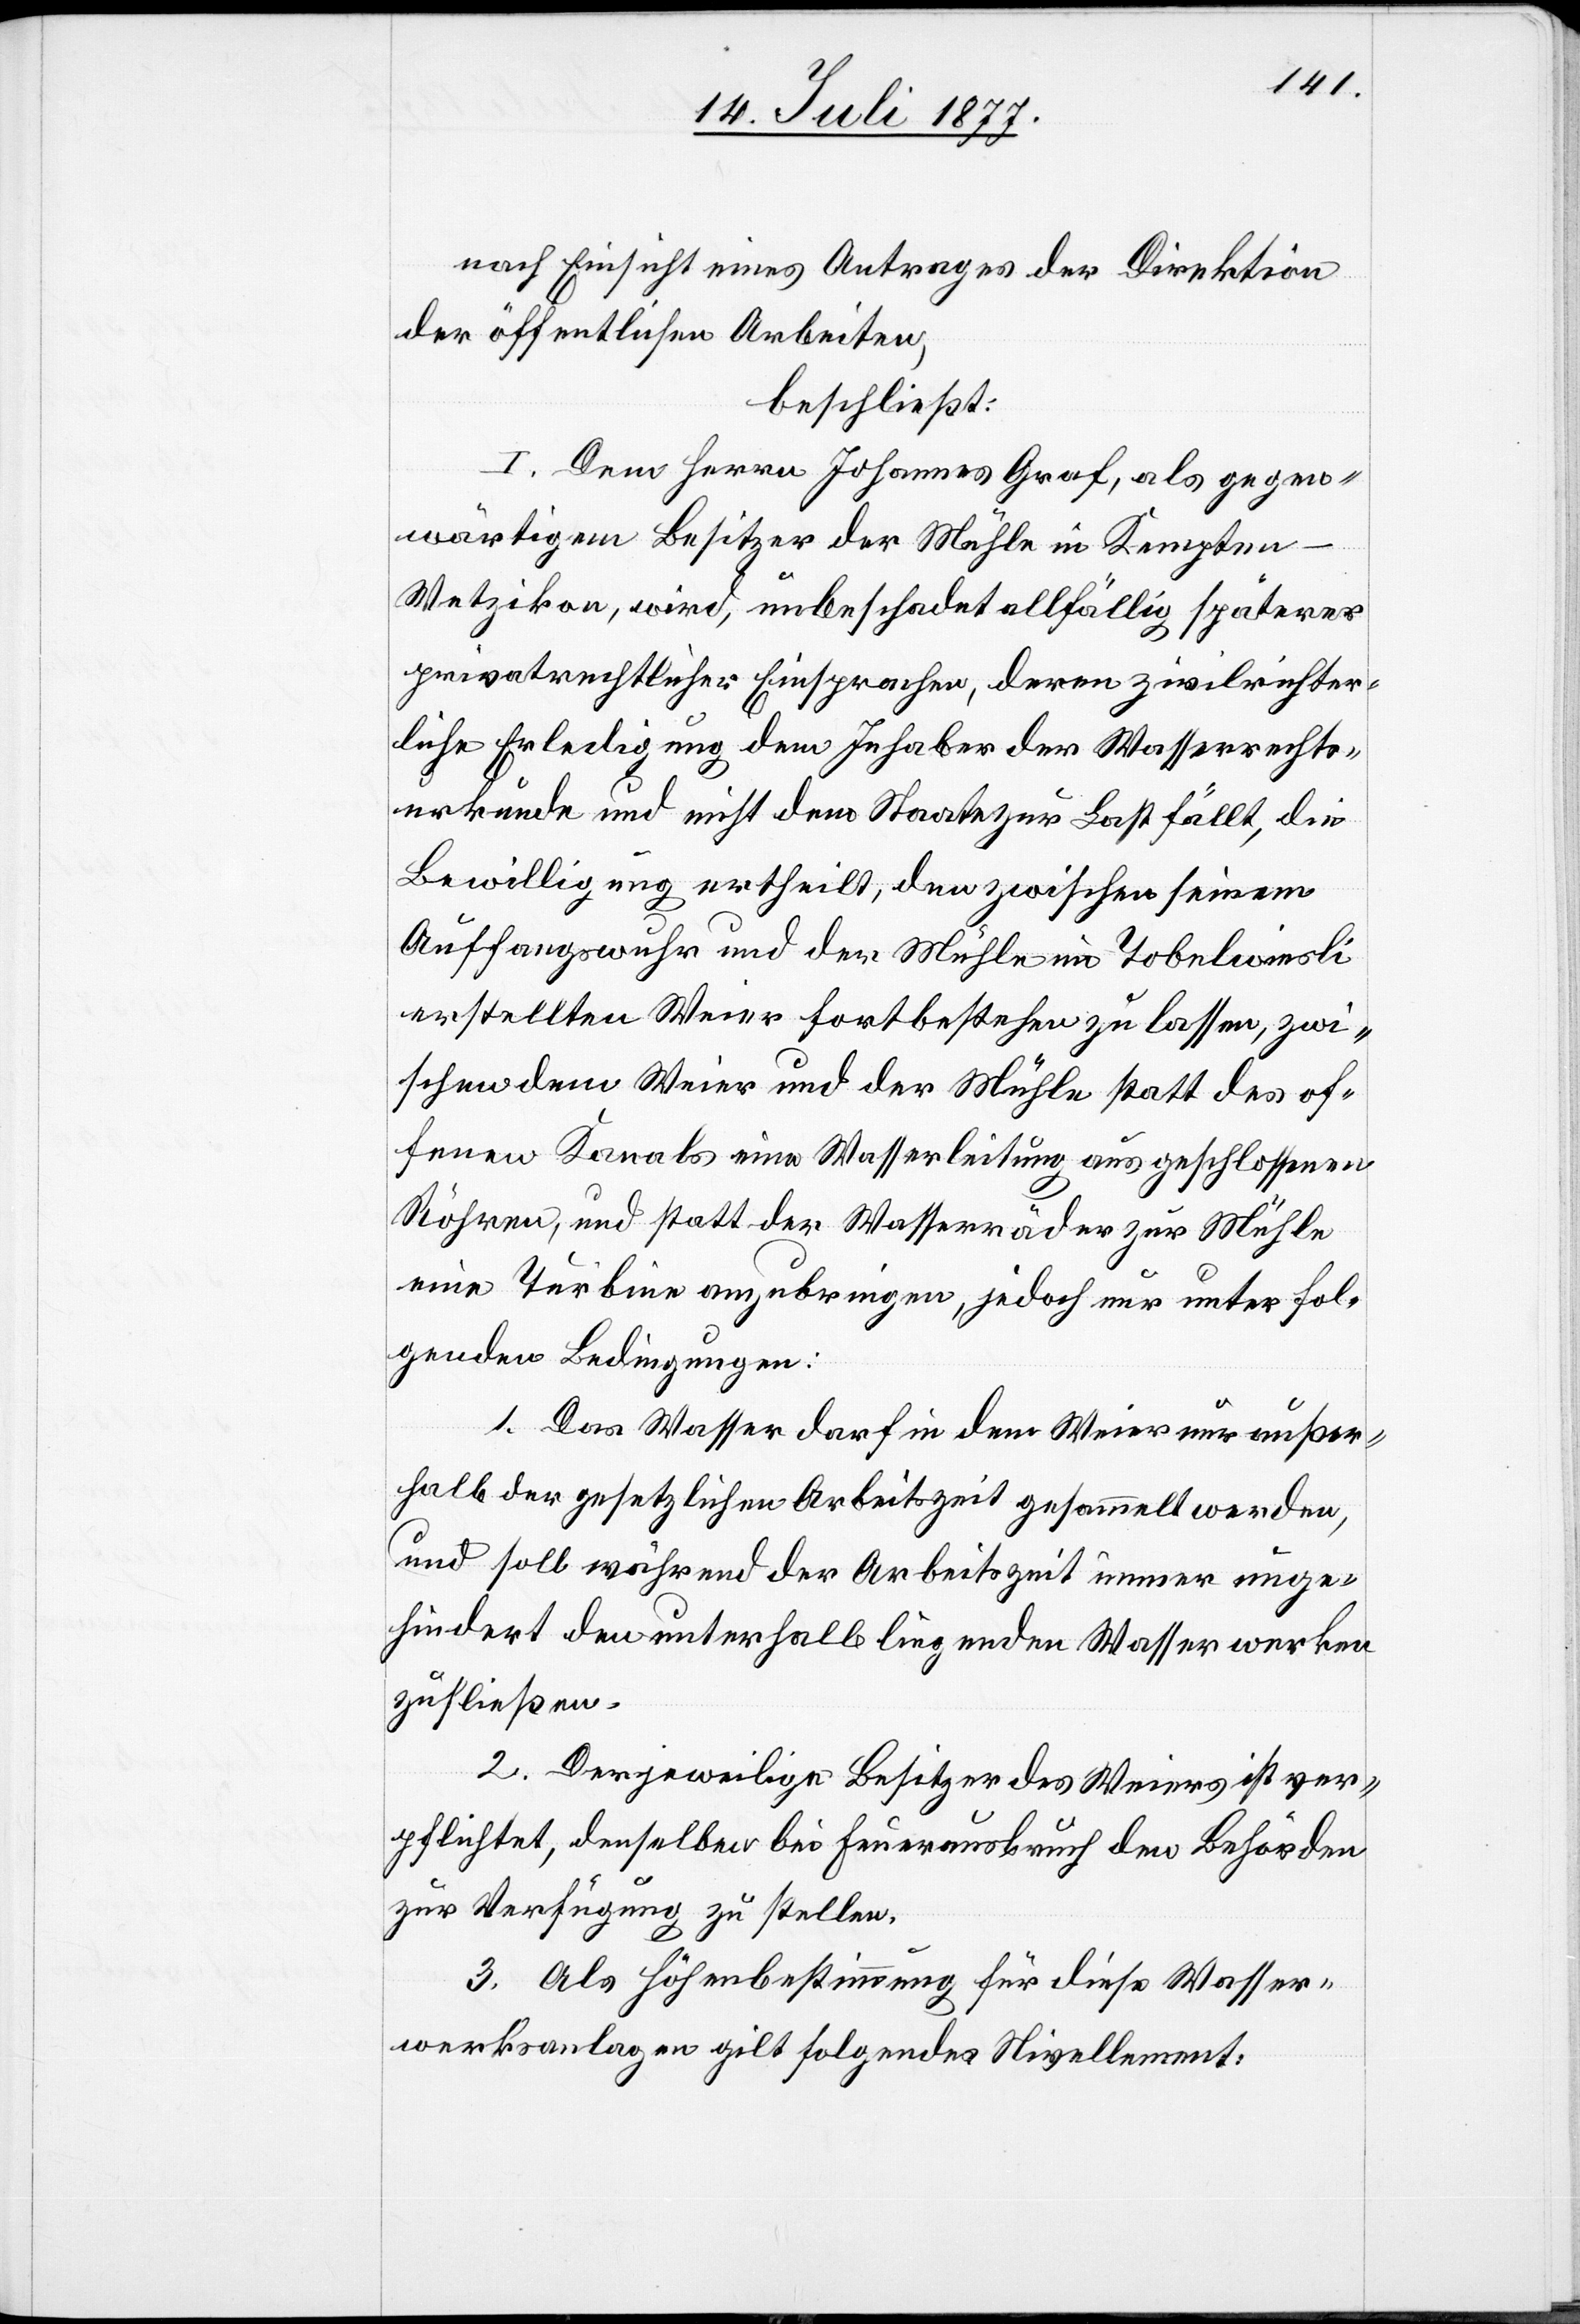
nach Einsicht eines Antrages der Direktion
der öffentlichen Arbeiten,
beschließt:
I. Dem Herrn Johannes Graf, als gegen¬
wärtigem Besitzer der Mühle in Kempten
-
Wetzikon, wird, unbeschadet allfällig späterer
privatrechtlicher Einsprachen, deren zivilrichter¬
liche Erledigung dem Inhaber der Wasserrechts¬
urkunde und nicht dem Staate zur Last fällt, die
Bewilligung ertheilt, den zwischen seinem
Auffangswuhr und der Mühle im Tobelwiesli
erstellten Weier fortbestehen zu lassen, zwi¬
schen dem Weier und der Mühle statt des of¬
fenen Kanals eine Wasserleitung aus geschlossenen
Röhren, und statt der Wasserräder zur Mühle
eine Turbine anzubringen, jedoch nur unter fol¬
genden Bedingungen:
1. Das Wasser darf in dem Weier nur außer¬
halb der gesetzlichen Arbeitszeit gesammelt werden,
und soll während der Arbeitszeit immer unge¬
hindert den unterhalb liegenden Wasserwerken
zufließen.
2. Der jeweilige Besitzer des Weiers ist ver¬
pflichtet, denselben bei Feuerausbruch den Behörden
zur Verfügung zu stellen.
3. Als Höhenbestimmung für diese Wasser¬
werksanlagen gilt folgendes Nivellement: